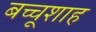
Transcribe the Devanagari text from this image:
बच्चूशाह